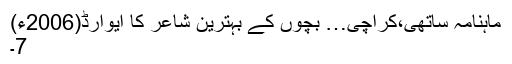
ماہنامہ ساتھی،کراچی… بچوں کے بہترین شاعر کا ایوارڈ(2006ء)
7۔